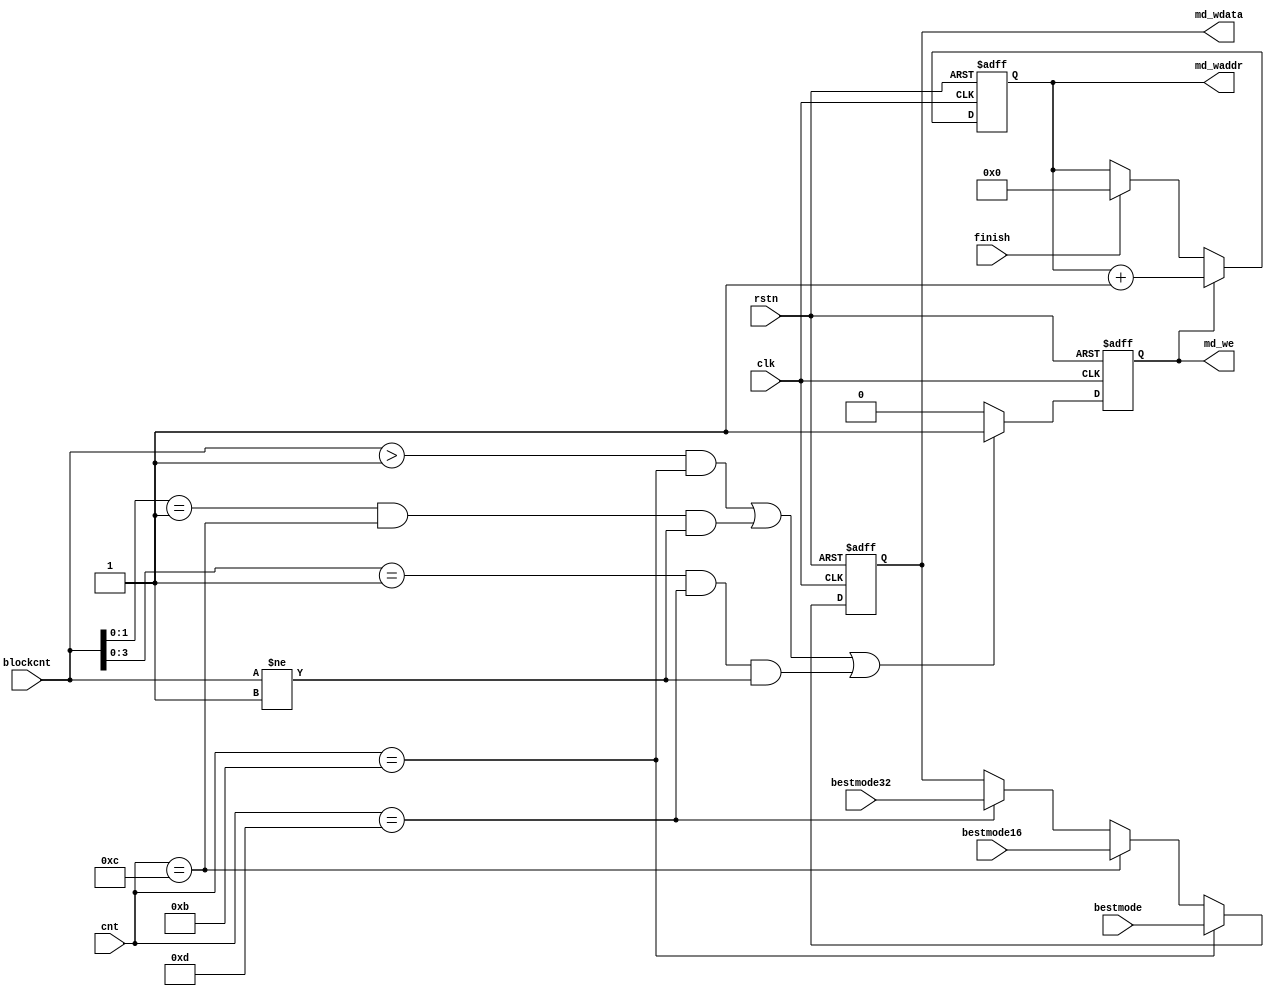
module mode_write(
	clk			,
	rstn		,
	cnt		    ,
	blockcnt	,
	bestmode	,
	bestmode16	,
	bestmode32	,
	finish		,
	md_we		,
	md_waddr	,
	md_wdata	
);

	input								rstn;
	input								clk;
	input				[5:0]			cnt;
	input				[6:0]			blockcnt;
	input				[5:0]			bestmode;
	input				[5:0]			bestmode16;
	input				[5:0]			bestmode32;	
	input								finish;
	
	output								md_we;
	output				[5:0]			md_wdata;
	output				[6:0]			md_waddr;
	
	reg									md_we;
	reg					[5:0]			md_wdata;
	reg					[6:0]			md_waddr;
	
always@(posedge clk or negedge rstn)
	if(!rstn)
		md_waddr	<=	7'd0;
	else if(md_we)
		md_waddr	<=	md_waddr	+	1'b1;
	else if(finish)
		md_waddr	<=	7'd0;
		
always@(posedge clk or negedge rstn)
	if(!rstn)
		md_we		<=	1'b0;
	else if(((blockcnt>7'd1)&&(cnt==6'd11))
				||((blockcnt[1:0]==2'b01)&&(cnt==6'd12)&&(blockcnt!=7'd1))
					||((blockcnt[3:0]==4'b0001)&&(cnt==6'd13)&&(blockcnt!=7'd1)))// 8x8 & 16x16 & 32x32
		md_we		<=	1'b1;
	else
		md_we		<=	1'b0;
		
always@(posedge clk or negedge rstn)
	if(!rstn)
		md_wdata	<=	'd0;
	else if(cnt=='d11)
		md_wdata	<=	bestmode;
	else if(cnt=='d12)
		md_wdata	<=	bestmode16;
	else if(cnt=='d13)
		md_wdata	<=	bestmode32;
			
endmodule